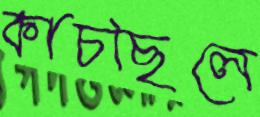
কাচছিলে